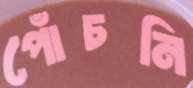
পোঁচনি